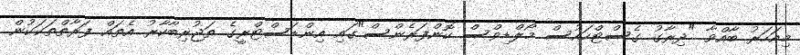
މިއަހަރު ބާއްވާ "ދިރާގު ގެސްޓްހައުސް މޯލްޑިވްސް ކޮންފަރެންސް"ގައި އިންޑަސްޓްރީގެ ތަޖުރިބާކާރު އެތައް ފަރާތްތަކަކުން